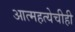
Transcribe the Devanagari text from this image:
आत्महत्येचीही